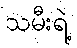
သမီးရဲ့